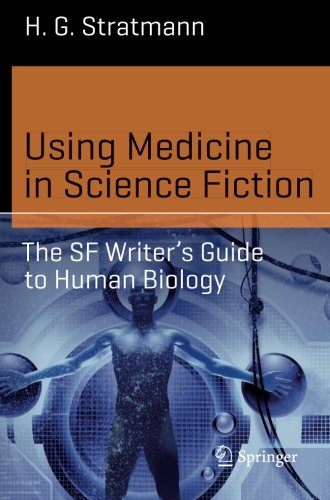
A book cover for Using Medicine in Science Fiction: The SF Writer's Guide to Human Biology (Science and Fiction); H. G. Stratmann; Science Fiction & Fantasy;